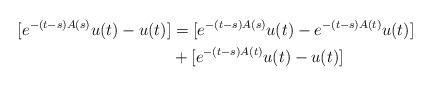
LaTeX: \begin{align*}[e^{-(t-s)A(s)}u(t)-u(t)]&=[e^{-(t-s)A(s)}u(t)-e^{-(t-s)A(t)}u(t)]\\&+[e^{-(t-s)A(t)}u(t)-u(t)]\end{align*}